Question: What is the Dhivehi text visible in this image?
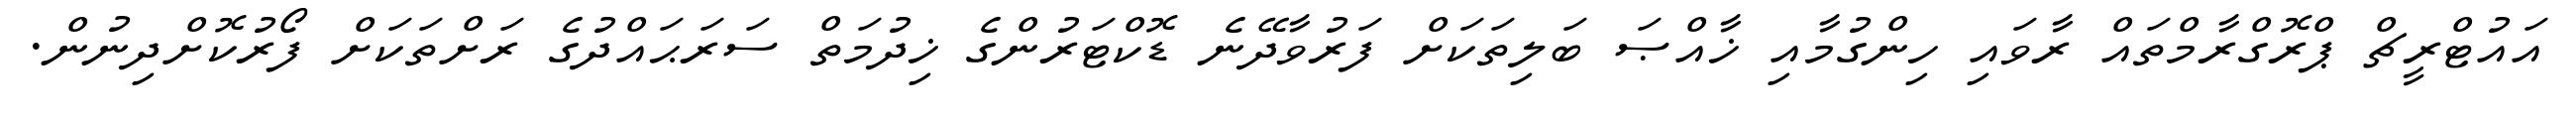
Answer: އައުޓްރީޗް ޕްރޮގްރާމްތައް ރާވައި ހިންގުމާއި ޚާއްޞަ ބަލިތަކަށް ފަރުވާދޭނެ ޑޮކްޓަރުންގެ ޚިދުމަތް ސަރަޙައްދުގެ ރަށްތަކަށް ފޯރުކޮށްދިނުން.